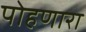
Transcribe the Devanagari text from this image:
पोहणारा